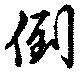
倒